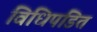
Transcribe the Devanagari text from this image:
विधिपंडित